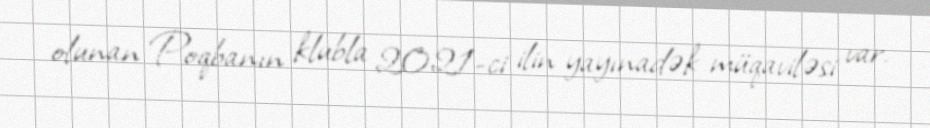
olunan Poqbanın klubla 2021-ci ilin yayınadək müqaviləsi var.